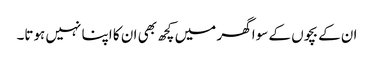
ان کے بچوں کے سوا گھر میں کچھ بھی ان کا اپنا نہیں ہوتا۔